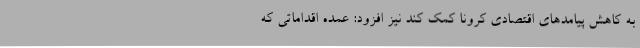
به کاهش پیامدهای اقتصادی کرونا کمک کند نیز افزود: عمده اقداماتی که